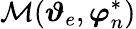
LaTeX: \mathcal{M}(\boldsymbol{\vartheta}_{e},\boldsymbol{\varphi}_{n}^{*})